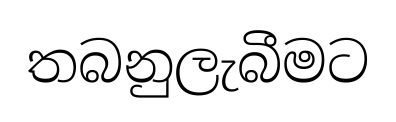
තබනුලැබීමට